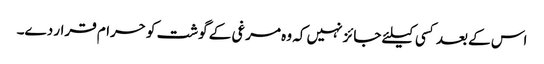
اس کے بعد کسی کیلئے جائز نہیں کہ وہ مرغی کے گوشت کو حرام قرار دے۔